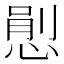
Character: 𢞈